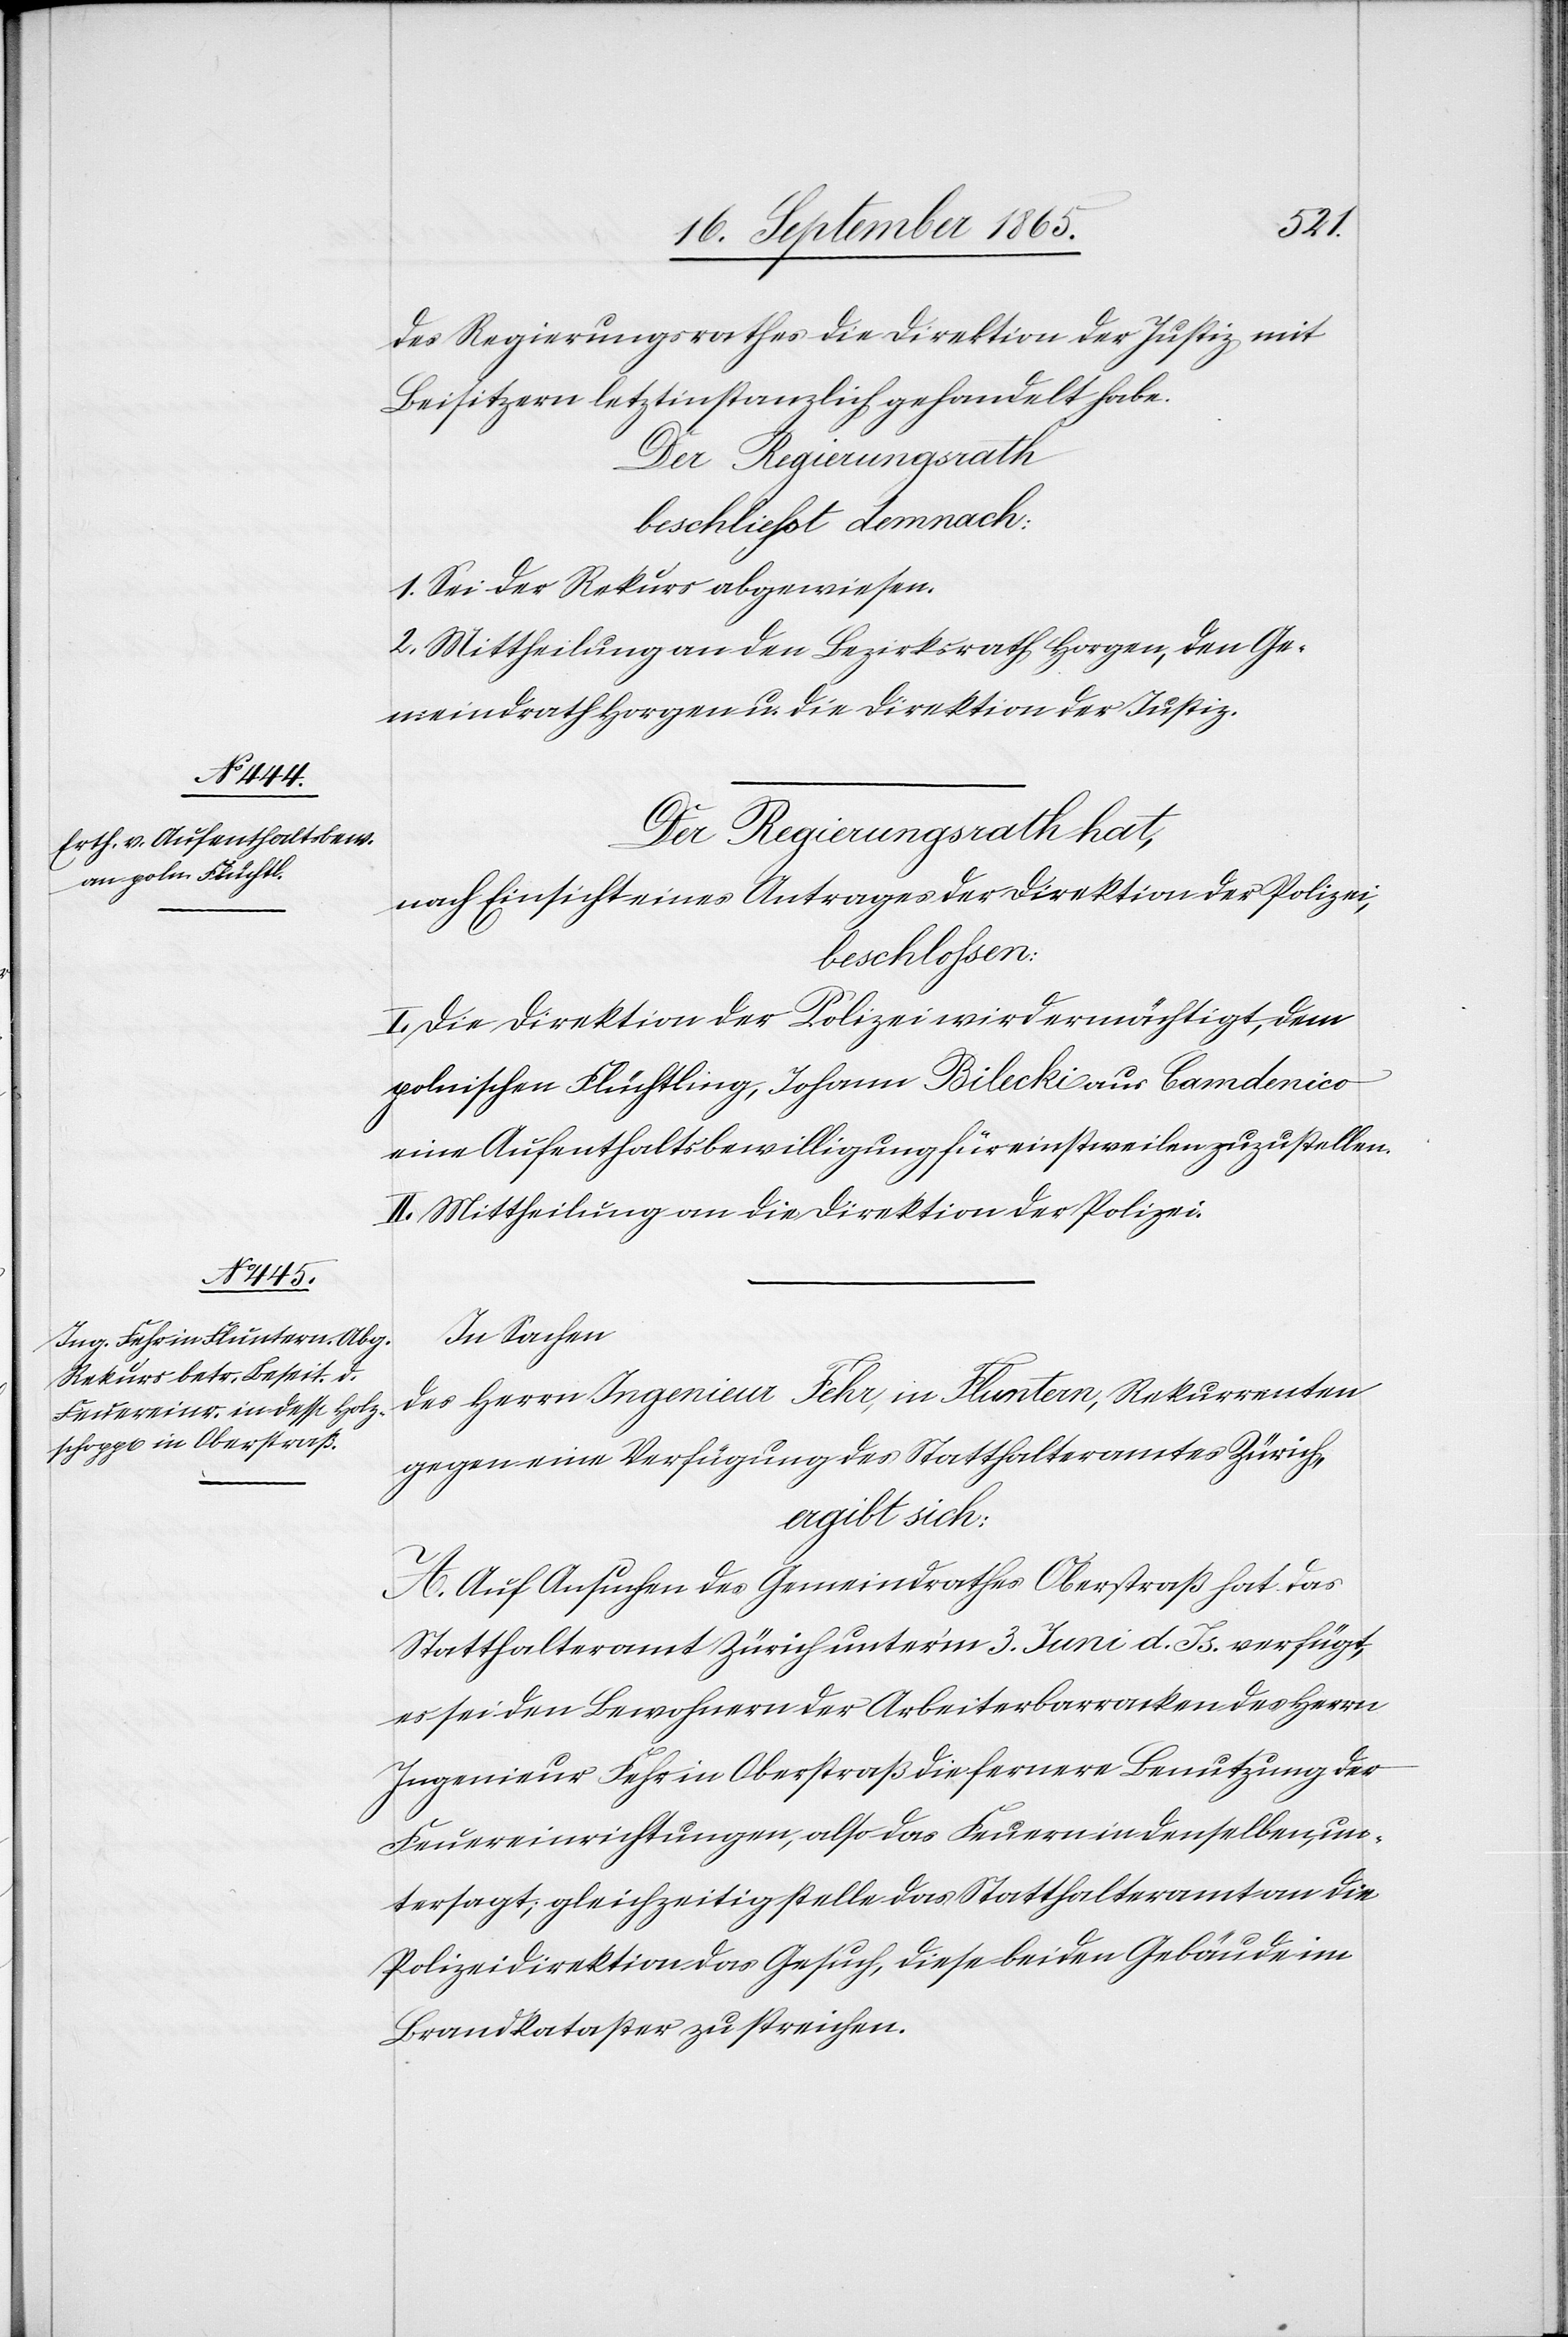
des Regierungsrathes die Direktion der Justiz mit
Beisitzern letztinstanzlich gehandelt habe.
Der Regierungsrath
beschliesst demnach:
1. Sei der Rekurs abgewiesen.
2. Mittheilung an den Bezirksrath Horgen, den Ge¬
meindrath Horgen u. die Direktion der Justiz.
Der Regierungsrath hat,
nach Einsicht eines Antrages der Direktion der Polizei,
beschlossen:
I. Die Direktion der Polizei wird ermächtigt, dem
polnischen Flüchtling, Johann Bilecki aus Camdenico
eine Aufenthaltsbewilligung für einstweilen zuzustellen.
II. Mittheilung an die Direktion der Polizei.
In Sachen
des Herrn Ingenieur Fehr, in Fluntern, Rekurrenten
gegen eine Verfügung des Statthalteramtes Zürich,
ergibt sich:
A. Auf Ansuchen des Gemeindrathes Oberstraß hat das
Statthalteramt Zürich unter’m 3. Juni d. Js. verfügt,
es sei den Bewohnern der Arbeiterbarracken des Herrn
Ingenieur Fehr in Oberstraß die fernere Benutzung der
Feuereinrichtungen, also das Feuern in denselben, un¬
tersagt; gleichzeitig stelle das Statthalteramt an die
Polizeidirektion das Gesuch, diese beiden Gebäude im
Brandkataster zu streichen.